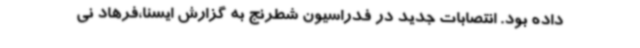
داده بود. انتصابات جدید در فدراسیون شطرنج به گزارش ایسنا،فرهاد نی